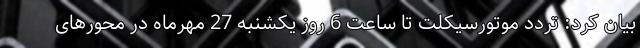
بیان کرد: تردد موتورسیکلت تا ساعت 6 روز یکشنبه 27 مهرماه در محورهای